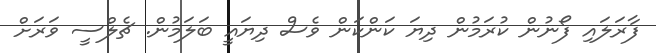
ފާރަލައި ފޯނުން ކުރަމުން ދިޔަ ކަންކަން ވެސް ދިޔައީ ބަލަމުން. ޗެލްސީ ވަރަށް